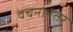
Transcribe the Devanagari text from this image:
वचनानंतर